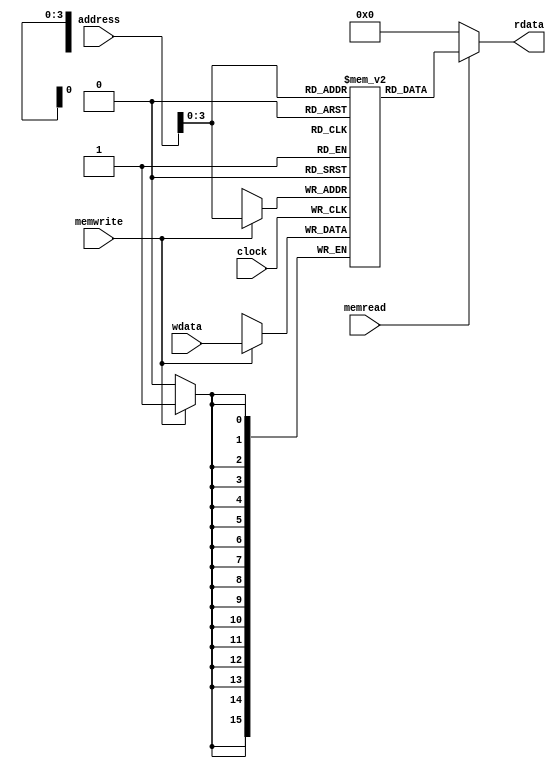
module DataMemory(clock, address, wdata, memwrite, memread, rdata);
	input clock, memwrite, memread;
	input [15:0] address;
	input [15:0] wdata;
	output [15:0] rdata;
	
	wire [15:0] rdata;
	reg [15:0] dataMem [15:0];
	
	initial begin
		//$readmemb("DataSet.txt", dataMem);
		dataMem[0] = 16'b0000000000000000;
		dataMem[1] = 16'b0000000000000000;
		dataMem[2] = 16'b0000000000000000;
		dataMem[3] = 16'b0000000000000000;
		dataMem[4] = 16'b0000000000000000;
		dataMem[5] = 16'b0000000000000000;
		dataMem[6] = 16'b0000000000000000;
		dataMem[7] = 16'b0000000000000000;
		dataMem[8] = 16'b0000000000000000;
		dataMem[9] = 16'b0000000000000000;
		dataMem[10] = 16'b0000000000000000;
		dataMem[11] = 16'b0000000000000000;
		dataMem[12] = 16'b0000000000000000;
		dataMem[13] = 16'b0000000000000000;
		dataMem[14] = 16'b0000000000000000;
		dataMem[15] = 16'b0000000000000000;
	end
	
	always @(posedge clock) begin
		if(memwrite) begin
			dataMem[address] <= wdata;
		end
	end
	assign rdata = (memread) ? dataMem[address] : 16'd0;

endmodule